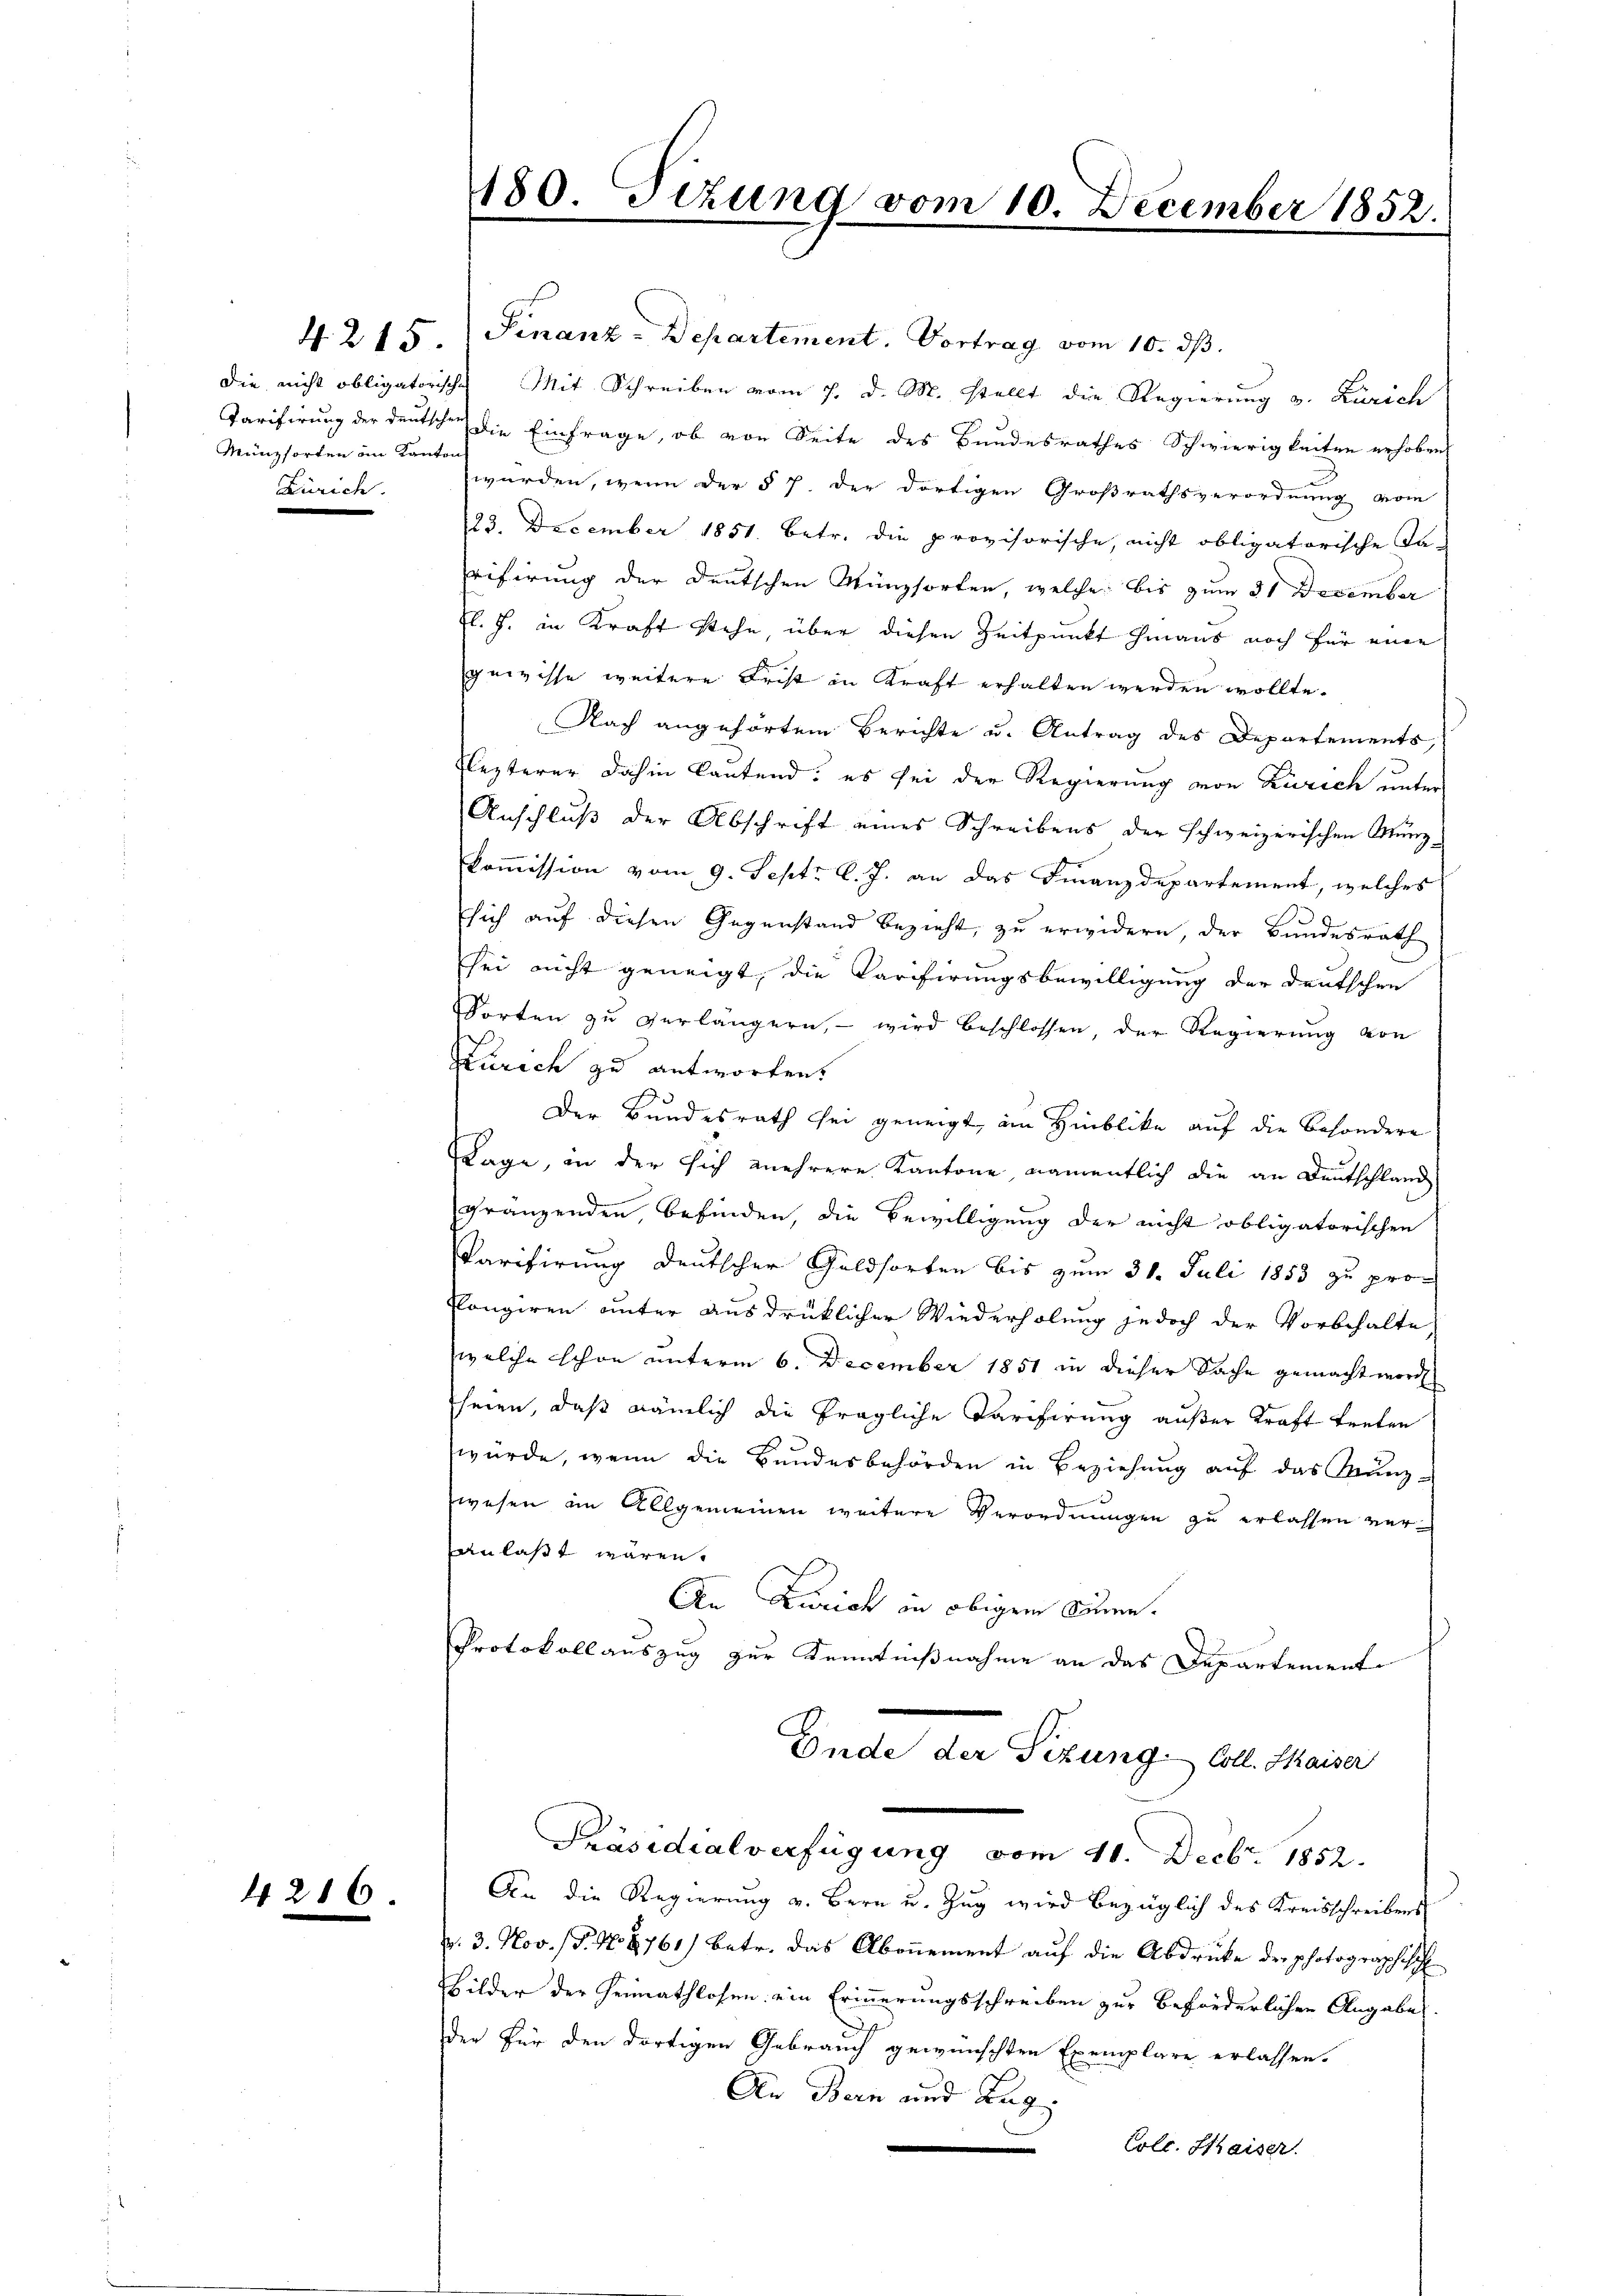
Münzsorten im Kanton
Zürich.

4216.

4. 215. (Finanz-Departement. Vortrag vom 10. ds.
die nicht obligatorische Mit Schreiben vom 7. d. M. stellt die Regierung v. Zürich
Tarifirung der Deutschen die Einfrage, ob von Seite des Bundesrathes Schwierigkeiten erhoben,
würden, wenn der § 7. der dortigen Großrathsverordnung vom
23. December 1851. betr. die provisorische, nicht obligatorische Ta-
ifirung der Deutschen Münzsorten, welche bis zum 31 December
El. J. in Kraft stehe, über diesen Zeitpunkt hinaus noch für eine
gewisse weitere Frist in Kraft erhalten werden wollte.
Nach angehörtem Berichte u. Antrag des Departements,
Flezterer dahin lautend; es sei der Regierung von Zürich unter
Anschluß der Abschrift eines Schreibens der schweizerischen Münz-
Kommission vom 9. Sept. l. J. an das Finanzdepartement, welches
sich auf diesen Gegenstand bezieht, zu erwidern, der Bundesrath
sei nicht geneigt, die Carifirungsbewilligung der deutschen
Torten zu verlängern, – wird beschlossen, der Regierung von
Zürich zu antworten.
Der Bundesrath sei geneigt, im Hinblicke auf die besondere
Lage, in der sich mehrere Kantone, namentlich die an Deutschland
gränzenden, befinden, die Bewilligung der nicht obligatorischen
Carifirung deutscher Geldsorten bis zum 31. Juli 1853 zu pro
Kongiren unter ausdrücklicher Wiederholung jedoch der Vorbehalte
welche schon unterm 6. December 1851 in dieser Sache gemacht worde
heien, daß nämlich die fragliche Tarifirung außer Kraft treten
würde, wenn die Bundesbehörden in Beziehung auf das Münz-
wesen in Allgemeinen weitere Verordnungen zu erlassen veranlaßt wären.
An Zürich in obigem Können.
Protokollauszug zur Kenntnißnahme an das Departement
Unde der Sizung Coll. Kaiser
Präsidialverfügung vom 11. Decbr. 1852.
An die Regierung v. Bern u. Zug wird bezüglich des Kreisschreibens
v. 3. Nov. (T. N. 8761) betr. das Abonnement auf die Abdrucke der photographisch
Bilder der Heimathlosen ein Erinnerungsschreiben zur beförderlihre Angabe
der für den dortigen Gebrauch gewünschten Exemplare erlassen.
An Bern und Aug
Colc. Kaiser.

180. Tizung vom 10. December 1852.